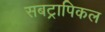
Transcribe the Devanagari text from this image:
सबट्रापिकल